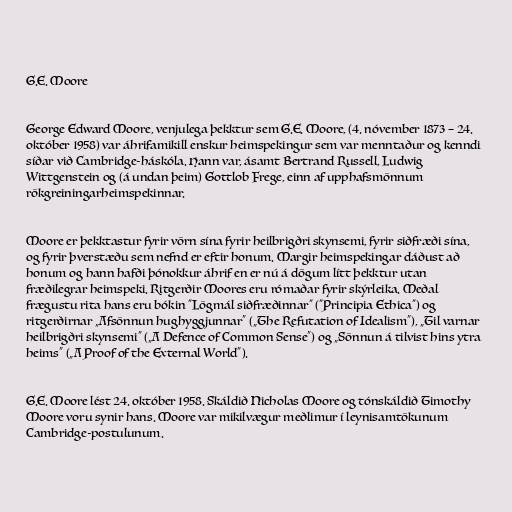
G.E. Moore

George Edward Moore, venjulega þekktur sem G.E. Moore, (4. nóvember 1873 – 24.
október 1958) var áhrifamikill enskur heimspekingur sem var menntaður og kenndi
síðar við Cambridge-háskóla. Hann var, ásamt Bertrand Russell, Ludwig
Wittgenstein og (á undan þeim) Gottlob Frege, einn af upphafsmönnum
rökgreiningarheimspekinnar.

Moore er þekktastur fyrir vörn sína fyrir heilbrigðri skynsemi, fyrir siðfræði sína,
og fyrir þverstæðu sem nefnd er eftir honum. Margir heimspekingar dáðust að
honum og hann hafði þónokkur áhrif en er nú á dögum lítt þekktur utan
fræðilegrar heimspeki. Ritgerðir Moores eru rómaðar fyrir skýrleika. Meðal
frægustu rita hans eru bókin "Lögmál siðfræðinnar" ("Principia Ethica") og
ritgerðirnar „Afsönnun hughyggjunnar“ („The Refutation of Idealism“), „Til varnar
heilbrigðri skynsemi“ („A Defence of Common Sense“) og „Sönnun á tilvist hins ytra
heims“ („A Proof of the External World“).

G.E. Moore lést 24. október 1958. Skáldið Nicholas Moore og tónskáldið Timothy
Moore voru synir hans. Moore var mikilvægur meðlimur í leynisamtökunum
Cambridge-postulunum.